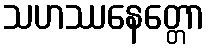
သဟဿနေတ္တော